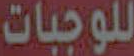
للوجبات